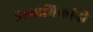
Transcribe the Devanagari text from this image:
इस्लामिकांनी